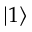
\vert 1 \rangle